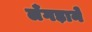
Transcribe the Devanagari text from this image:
लँगड़ाने